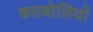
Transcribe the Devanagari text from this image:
कठबोलियों